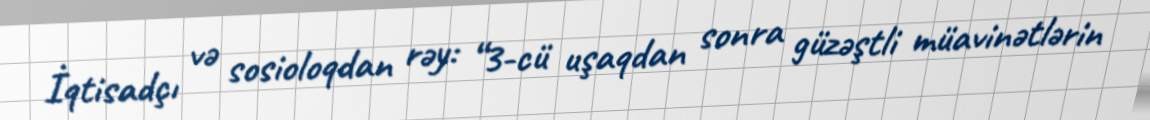
İqtisadçı və sosioloqdan rəy: “3-cü uşaqdan sonra güzəştli müavinətlərin